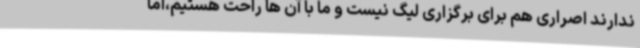
ندارند اصراری هم برای برگزاری لیگ نیست و ما با آن ها راحت هستیم،اما